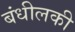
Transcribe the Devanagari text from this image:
बंधीलकी